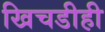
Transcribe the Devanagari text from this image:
खिचडीही